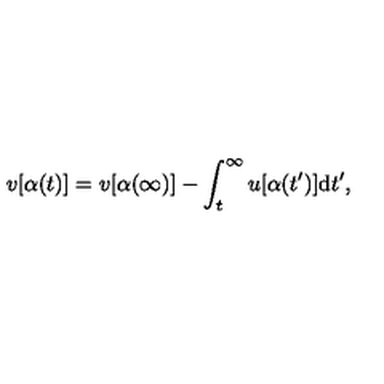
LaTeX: v [ \alpha ( t ) ] = v [ \alpha ( \infty ) ] - \int _ { t } ^ { \infty } u [ \alpha ( t ^ { \prime } ) ] \mathrm { d } t ^ { \prime } ,